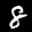
Label: 8